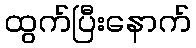
ထွက်ပြီးနောက်